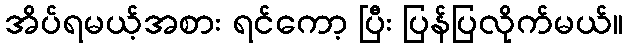
အိပ်ရမယ့်အစား ရင်ကော့ ပြီး ပြန်ပြလိုက်မယ်။